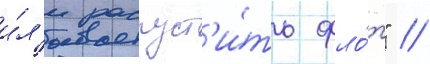
и́л'и распуст'и́ть фло́т" //